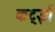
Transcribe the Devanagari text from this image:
कर्ट्झ